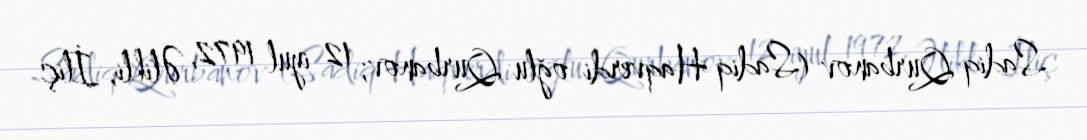
Sadiq Qurbanov (Sadiq Haqverdi oğlu Qurbanov; 12 iyul 1972, Əlikli, İliç